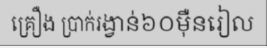
គ្រឿង ប្រាក់រង្វាន់៦០ម៉ឺនរៀល